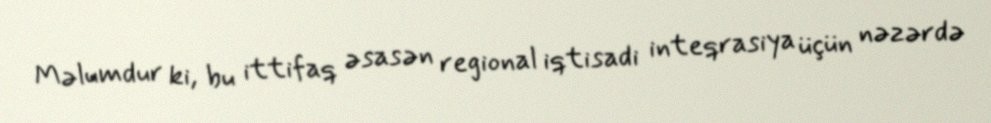
Məlumdur ki, bu ittifaq əsasən regional iqtisadi inteqrasiya üçün nəzərdə